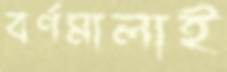
বর্ণমালাই